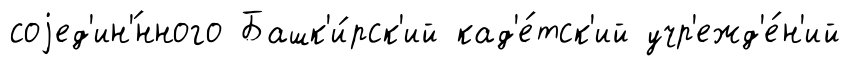
соjед'ин'́нного Башк'и́рск'ий кад'е́тск'ий учр'ежд'е́н'ий